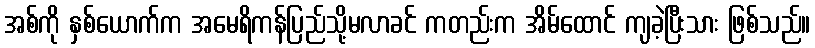
အစ်ကို နှစ်ယောက်က အမေရိကန်ပြည်သို့မလာခင် ကတည်းက အိမ်ထောင် ကျခဲ့ပြီးသား ဖြစ်သည်။